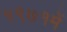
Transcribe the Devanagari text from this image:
१९७१में